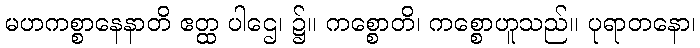
မဟကစ္စာနေနာတိ ဧတ္ထ ပါဌေ၊ ၌။ ကစ္စောတိ၊ ကစ္စောဟူသည်။ ပုရာတနော၊